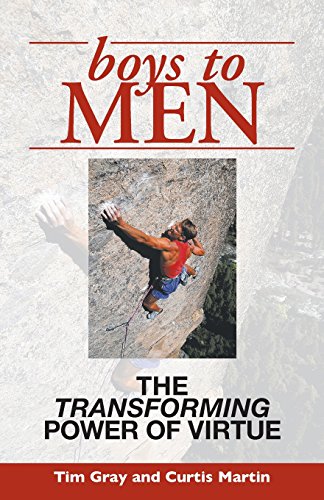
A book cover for Boys To Men: The Transforming Power of Virtue; Tim Gray; Parenting & Relationships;